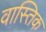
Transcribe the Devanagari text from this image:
वास्तिक